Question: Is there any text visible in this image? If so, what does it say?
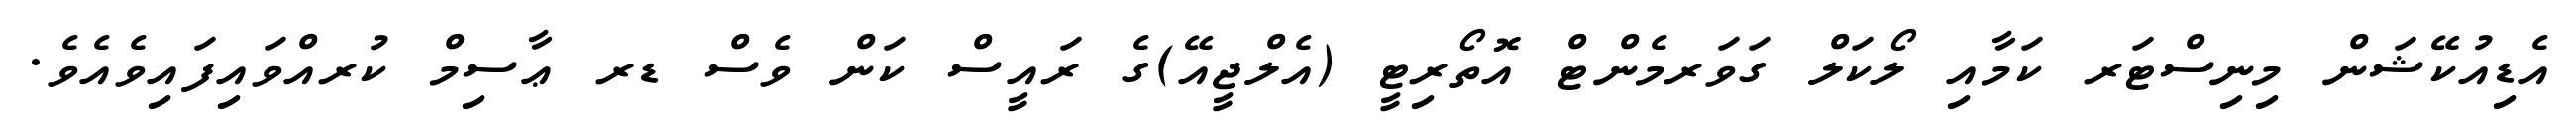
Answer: އެޑިއުކޭޝަން މިނިސްޓަރ ކަމާއި ލޯކަލް ގަވަރމެންޓް އޮތޯރިޓީ (އެލްޖީއޭ)ގެ ރައީސް ކަން ވެސް ޑރ ޢާސިމް ކުރއްވައިފައިވެއެވެ.